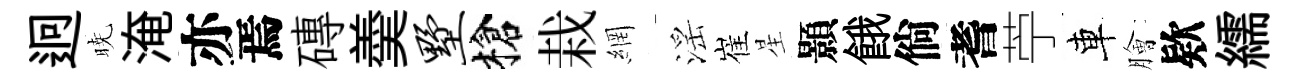
迥暁淹亦焉磚羮墅槍栽網滛崔星顥餓倘耆苧車膾欵繻